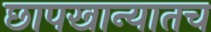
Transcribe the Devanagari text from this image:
छापखान्यातच